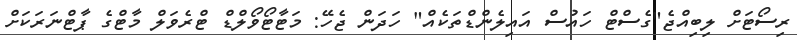
ރިސޯޓަށް ލިބިއްޖެ"ގެސްޓް ހައުސް އައިލެންޑްތަކެއް" ހަދަން ޖެހޭ: މަޓާޓޯވޯލްޑް ޓްރެވަލް މާޓްގެ ޕާޓްނަރަކަށް